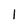
Character: 1